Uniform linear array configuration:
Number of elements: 24
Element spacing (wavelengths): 0.75
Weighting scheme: kaiser
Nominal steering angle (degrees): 45
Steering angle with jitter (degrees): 45.369
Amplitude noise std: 0.05
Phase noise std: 0.05

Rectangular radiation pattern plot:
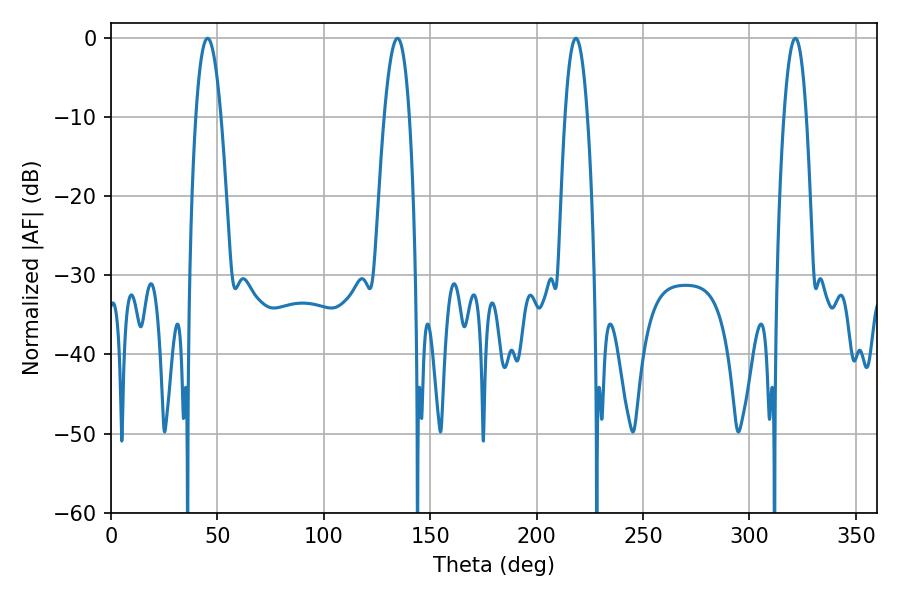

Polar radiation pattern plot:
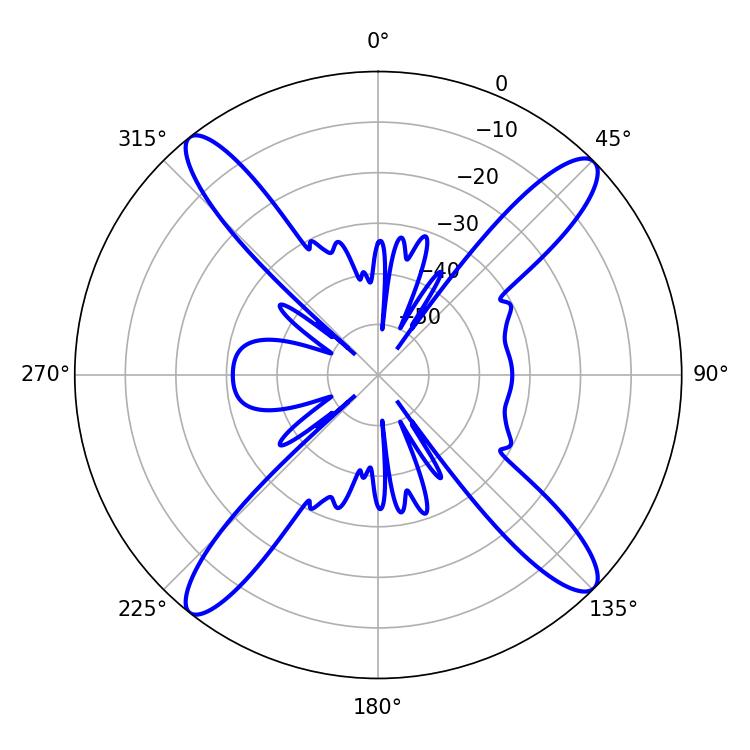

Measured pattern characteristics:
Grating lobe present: TRUE
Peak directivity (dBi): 17.12
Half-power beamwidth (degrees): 6.48
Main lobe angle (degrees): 45.36